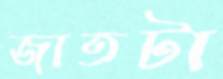
জাতটা